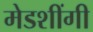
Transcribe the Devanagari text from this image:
मेडशींगी